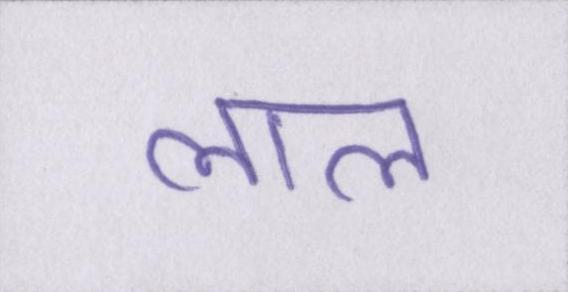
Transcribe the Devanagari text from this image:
लाल